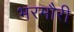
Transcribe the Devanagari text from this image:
भरमौरी